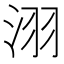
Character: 𣴆